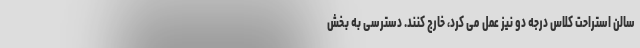
سالن استراحت کلاس درجه دو نیز عمل می کرد، خارج کنند. دسترسی به بخش